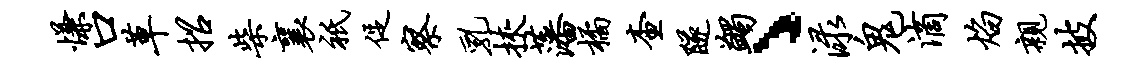
慊口草招柴襄只促察乳挟藩橘查隧蠲丶渌鬼滴焰亲披